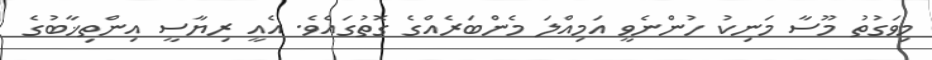
މިވަގުތު މޫސާ މަނިކު ހުންނެވީ އަމިއްލަ މެންބަރެއްގެ ގޮތުގައެވެ. އެއީ ރިޔާސީ އިންތިޚާބުގެ